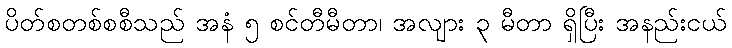
ပိတ်စတစ်စစီသည် အနံ ၅ စင်တီမီတာ၊ အလျား ၃ မီတာ ရှိပြီး အနည်းငယ်